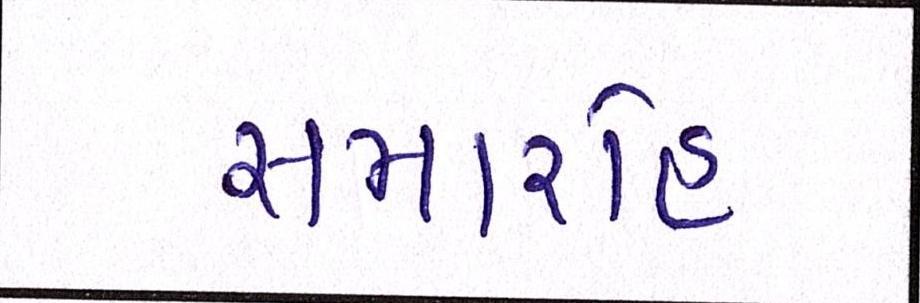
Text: સમારોહ